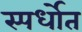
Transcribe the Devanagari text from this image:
स्पर्धाेत